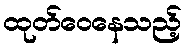
ထုတ်ဝေနေသည့်